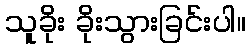
သူခိုး ခိုးသွားခြင်းပါ။